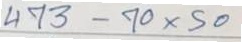
473 - 70 x 50